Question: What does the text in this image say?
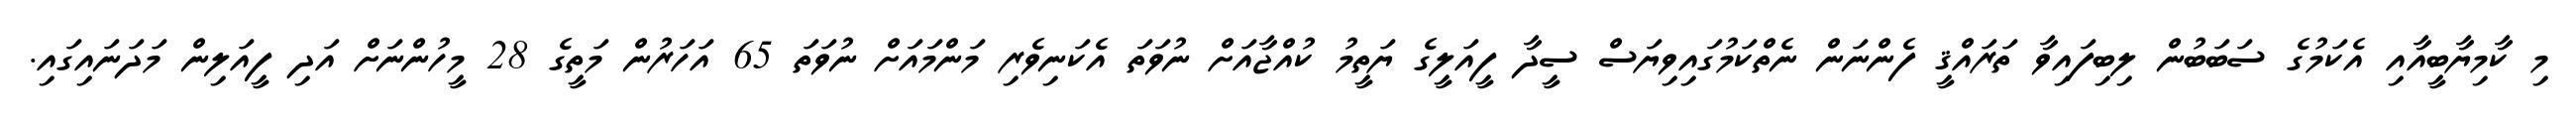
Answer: މި ކާމިޔާބީއާއި އެކަމުގެ ސަބަބުން ލިބިފައިވާ ތަރައްޤީ ފެންނަން ނެތްކަމުގައިވިޔަސް ސީދާ ފީއަލީގެ ޔަތީމު ކުއްޖާއަށް ނުވަތަ އެކަނިވެރި މަންމައަށް ނުވަތަ 65 އަހަރުން މަތީގެ 28 މީހުންނަށް އަދި ފީއަލިން މަދަނައިގައި.